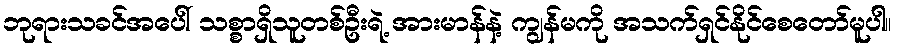
ဘုရားသခင်အပေါ် သစ္စာရှိသူတစ်ဦးရဲ့ အားမာန်နဲ့ ကျွန်မကို အသက်ရှင်နိုင်စေတော်မူပါ။